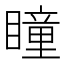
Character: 瞳